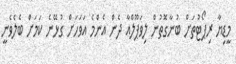
މީޑިޔާ ރިޕޯޓުތަށް ބުނާގޮތުން ލިވަޕޫލްއާ ދެން އެންމެ އަވަހަށް ގުޅޭނެ ކަމަށް ބެލެވެނީ